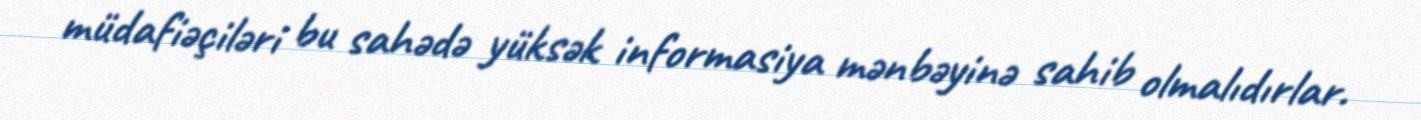
müdafiəçiləri bu sahədə yüksək informasiya mənbəyinə sahib olmalıdırlar.